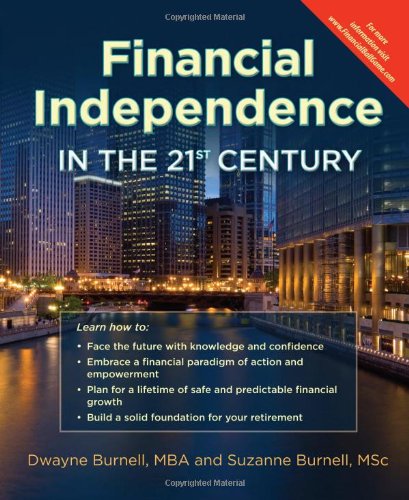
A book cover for Financial Independence in the 21st Century - Life Insurance * Utilize the Infinite Banking Concept * Complement Your 401K - Retirement Planning With Permanent Whole Life versus Term or Universal - Cash Flow Banking - Create Financial Peace; Dwayne Burnell; Business & Money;